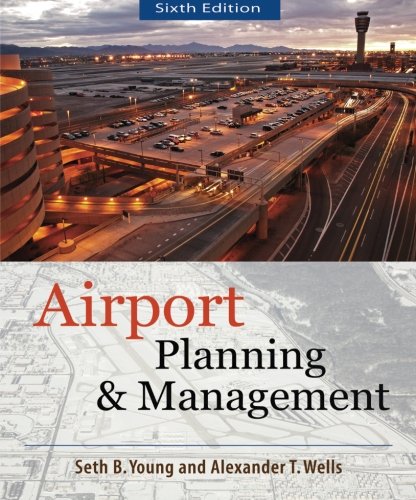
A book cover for AIRPORT PLANNING AND MANAGEMENT 6/E; Seth Young; Engineering & Transportation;